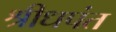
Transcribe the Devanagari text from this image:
श्रीधपंत